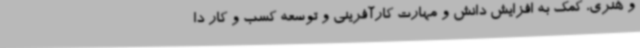
و هنری، کمک به افزایش دانش و مهارت کارآفرینی و توسعه کسب و کار دا